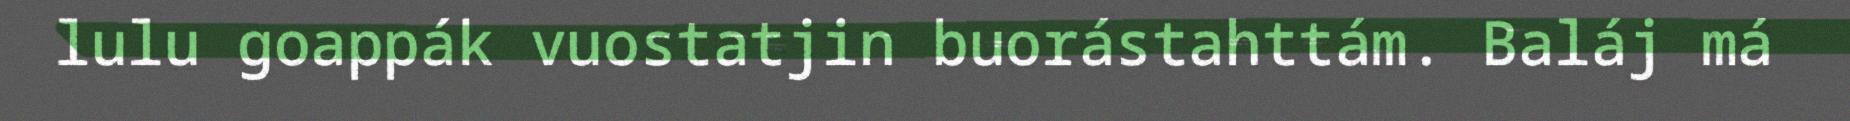
lulu goappák vuostatjin buorástahttám. Baláj má